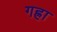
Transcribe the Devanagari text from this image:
गह्रा